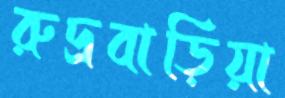
রুদ্রবাড়িয়া